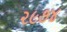
૨૯૭૪